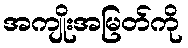
အကျိုးအမြတ်ကို